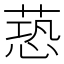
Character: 𦶐